King Institute of Preventive Medicine Bacteriolog. Section reports 1907-08
Year: 1907
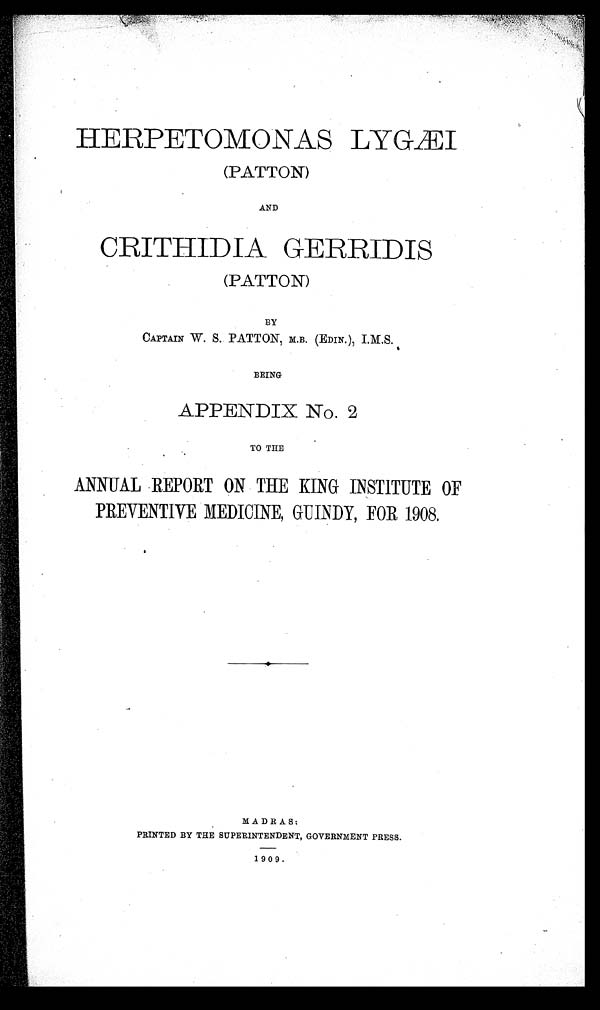
HERPETOMONAS LYGÆI
(PATTON)
AND
CRITHIDIA G E RRIDIS
(PATTON)
BY
CAPTAIN W. S. PATTON, M.B. (EDIN. ) I.M.S.
BEING
APPENDIX No. 2
TO THE
ANNUAL REPORT ON THE KING INSTITUTE OF
PREVENTIVE MEDICINE, GUINDY, FOR 1908.
MADRAS:
PRINTED BY THE SUPERINTENDENT, GOVERNMENT PRESS.
1909.